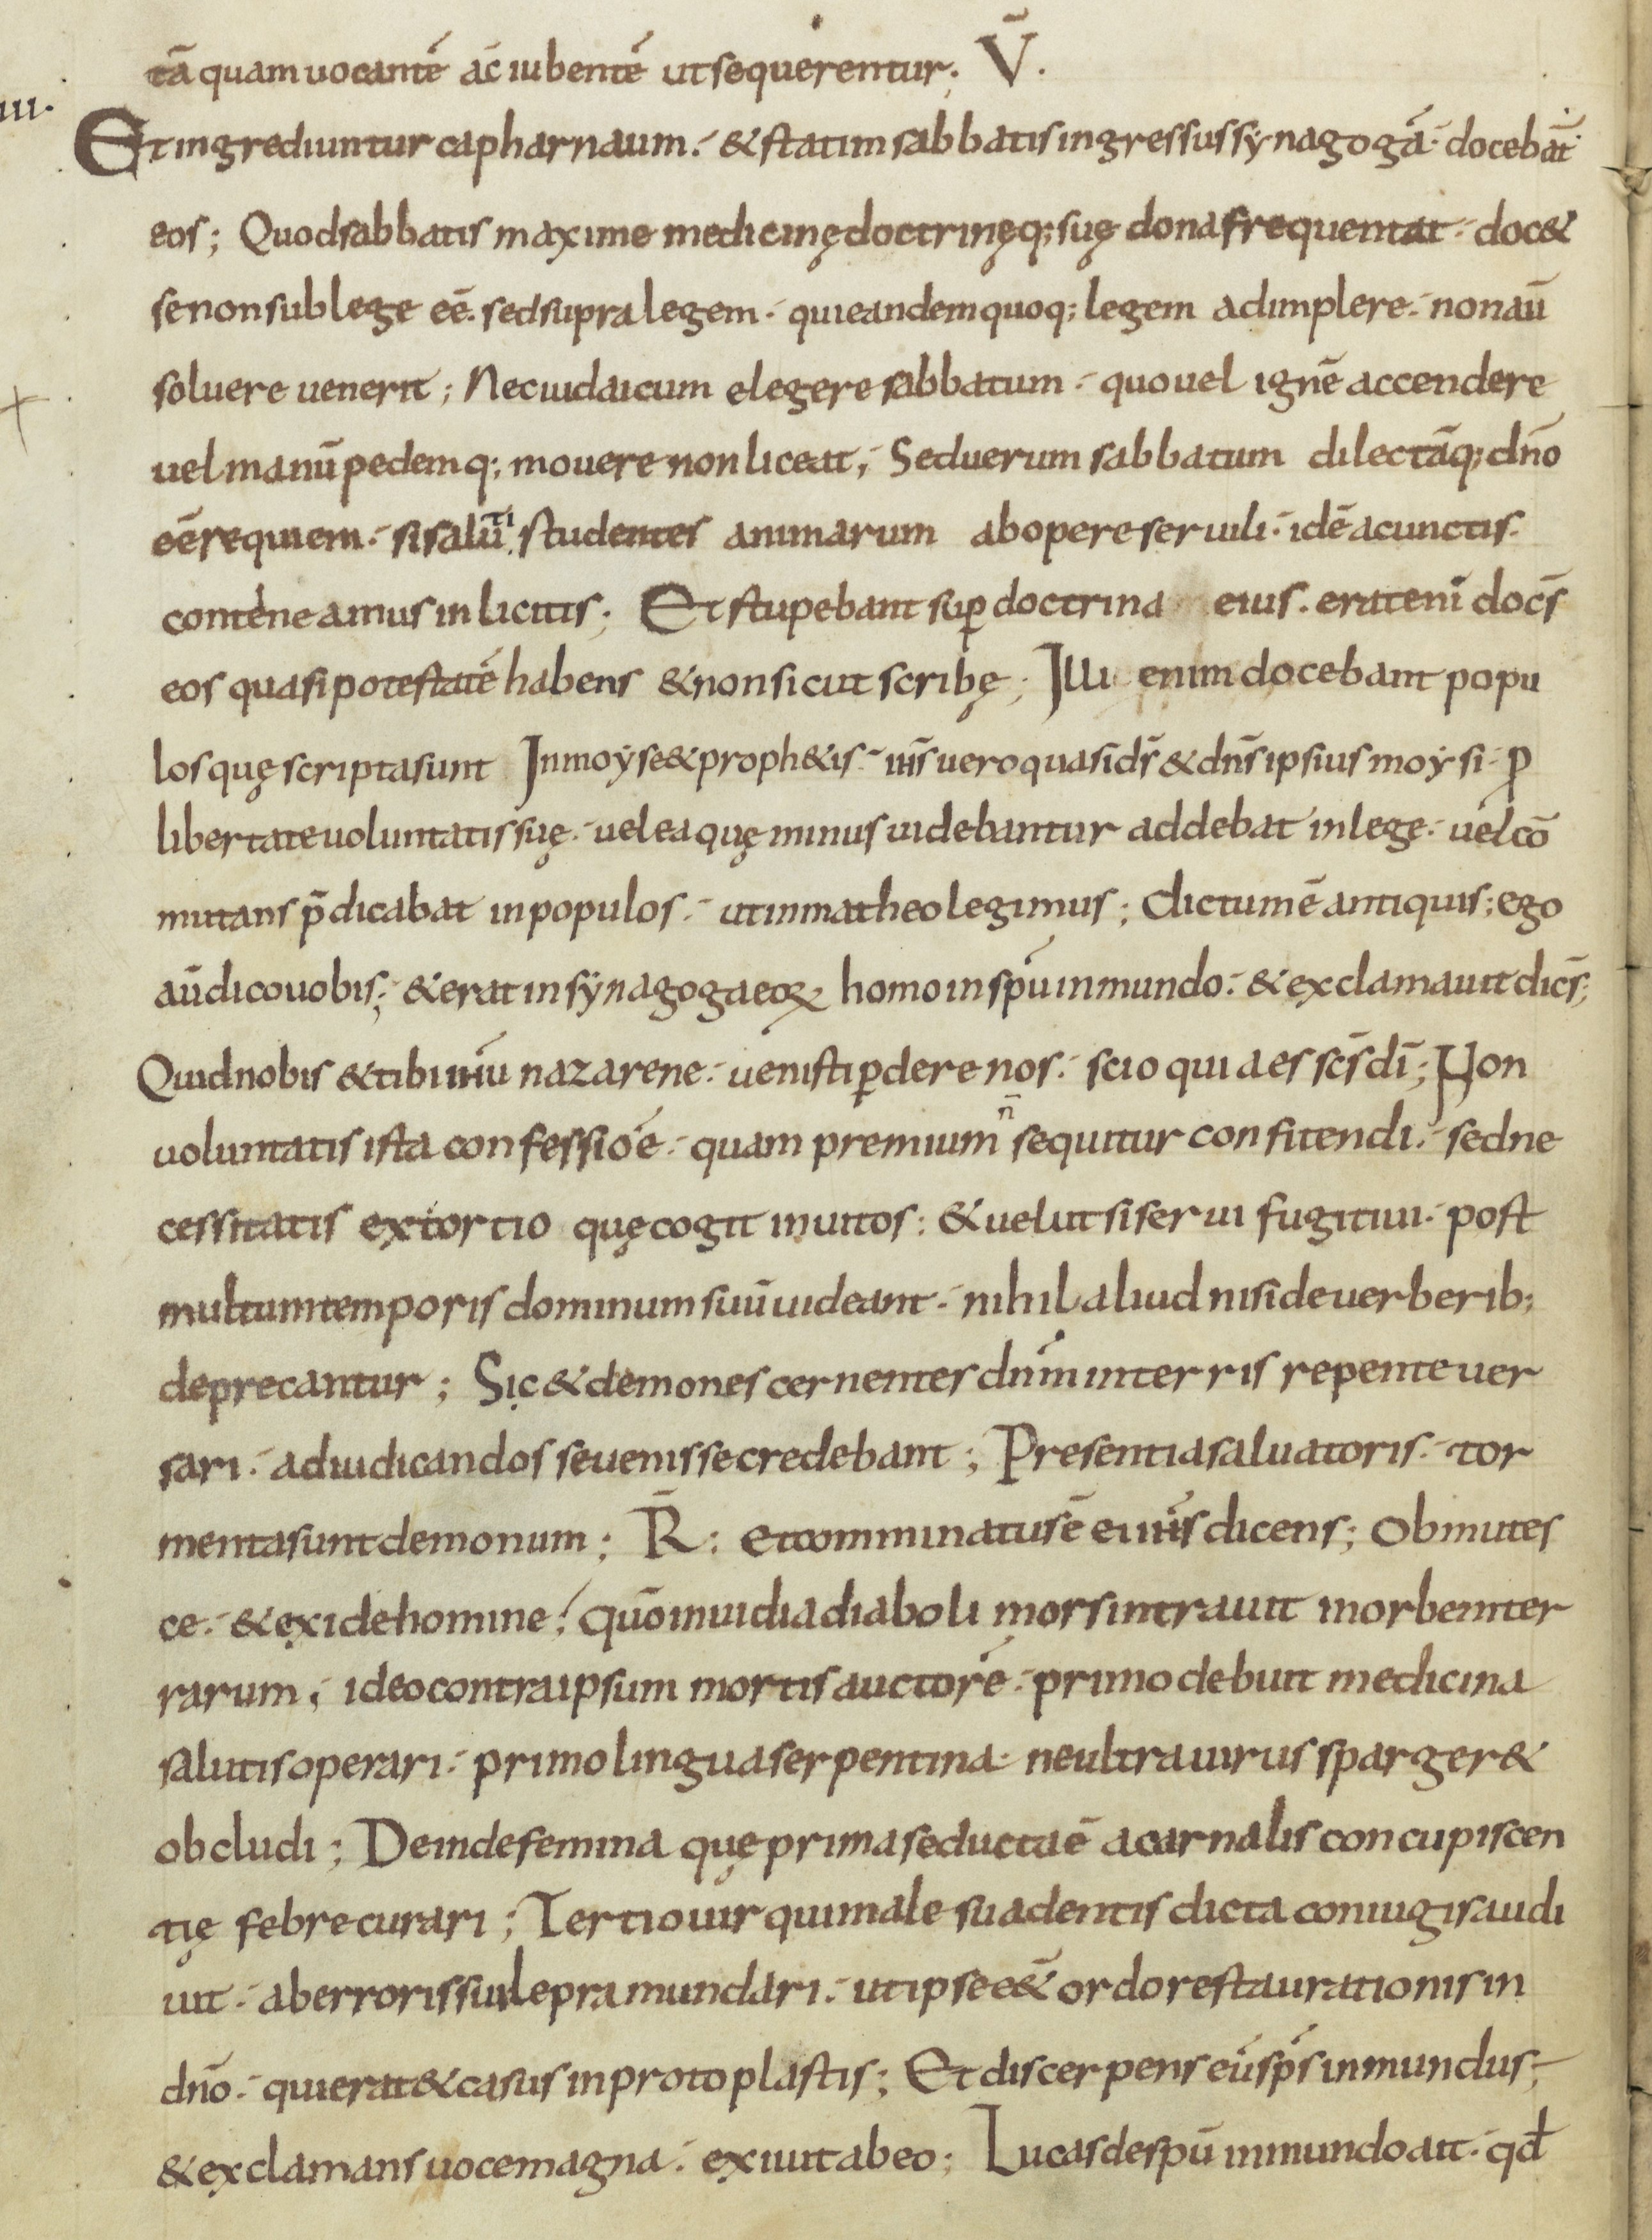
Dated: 800–899